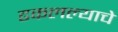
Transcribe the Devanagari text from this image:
ढकलल्याचे